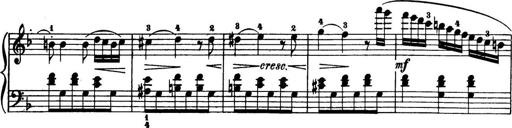
Title: 32 Sonatinas and Rondos for the Piano
Composer: Richard Kleinmichel